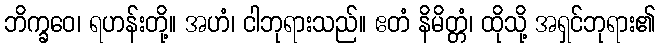
ဘိက္ခဝေ၊ ရဟန်းတို့။ အဟံ၊ ငါဘုရားသည်။ ဧတံ နိမိတ္တံ၊ ထိုသို့ အရှင်ဘုရား၏